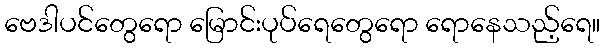
ဗေဒါပင်တွေရော မြောင်းပုပ်ရေတွေရော ရောနေသည့်ရေ။